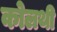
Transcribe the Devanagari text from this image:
कोलथी